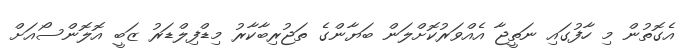
އެގޮތުން މި ހާފުގައި ނަތީޖާ އެއްވަރުކޮށްލަން ބަޔާންގެ ތަޖުރިބާކާރު މިޑްފިލްޑަރު ޒަބީ އޮލޮންސޯއަށް